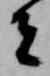
者